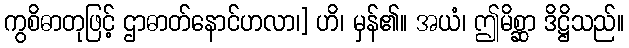
ကွစိဓာတုဖြင့် ဌာဓာတ်နောင်ဟလာ၊] ဟိ၊ မှန်၏။ အယံ၊ ဤမိစ္ဆာ ဒိဋ္ဌိသည်။